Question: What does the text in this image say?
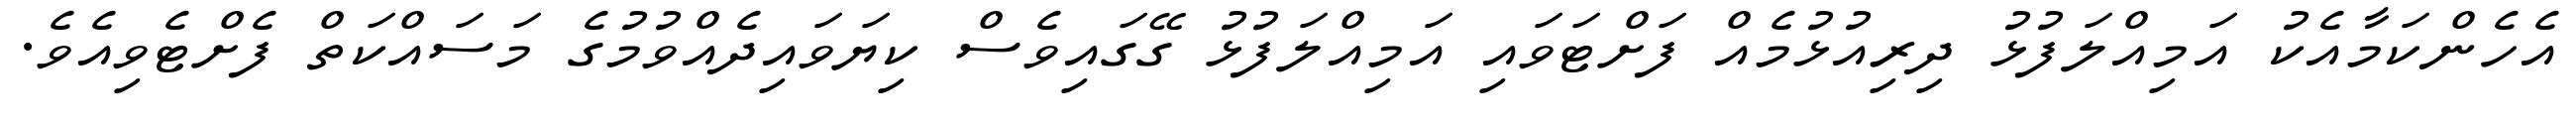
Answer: އެހެންކަމާއެކު އަމިއްލަފުޅު ދިރިއުޅުމެއް ފަށްޓަވައި އަމިއްލަފުޅު ގޭގައިވެސް ކިޔަވައިދެއްވުމުގެ މަސައްކަތް ފެށްޓެވިއެވެ.